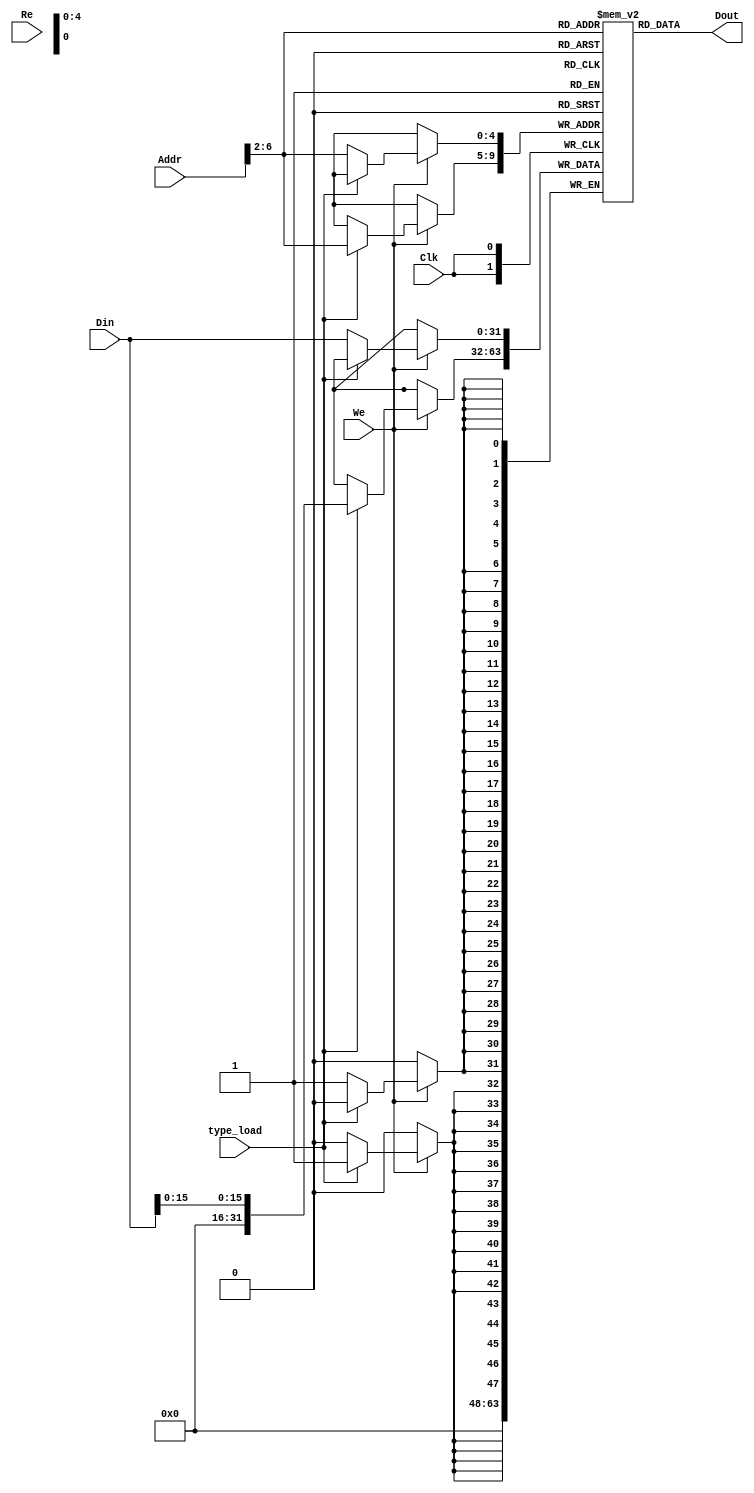
`timescale 1ns / 1ps


module DATAMEM(Addr,Din,Clk,We,Dout, type_load,Re);
input[31:0]Addr,Din;
input Clk,We,Re;
input type_load;
output[31:0]Dout;
reg[31:0]Ram[31:0];
assign Dout=Ram[Addr[6:2]];
always@(posedge Clk)begin
if(We)
if(type_load == 0)
Ram[Addr[6:2]]<=Din;
else if(type_load == 1)
Ram[Addr[6:2]][15:0]<=Din[15:0];
end
integer i;
initial begin
for(i=0;i<32;i=i+1)
Ram[i]=0;
end
endmodule


/*module DATAMEM(Addr,Din,Clk,We,Dout, type_load,Re);
input[31:0]Addr,Din;
input Clk,We,Re;
input type_load;
output[31:0]Dout;
reg[31:0]Ram[31:0];
reg [31:0] whichtoshow;
initial
    begin
    whichtoshow=32'b0 ;
    end

always@(posedge Clk)
begin
    if(We)
    begin 
    if(type_load == 0)
        Ram[Addr[6:2]]<=Din;
    if(type_load == 1)
        Ram[Addr[6:2]][15:0]<=Din[15:0];
    end
    if(Re)
    whichtoshow =Ram[Addr[6:2]];
end
assign Dout=whichtoshow;
integer i;
initial begin
for(i=0;i<32;i=i+1)
Ram[i]=0;
end
endmodule
*/